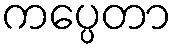
ကပ္ပေတာ